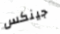
جينكس